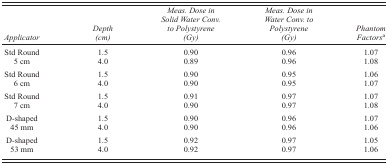
<table><thead><tr><td><b><i>Applicator</i></b></td><td><b><i>Depth (cm)</i></b></td><td><b><i>Meas. Dose in Solid Water Conv. To Polystyrene(Gy)</i></b></td><td><b><i>Meas. Dose in Water Conv. to Polystyrene (Gy)</i></b></td><td><b><i>Phantom Factors</i><sup>a</sup></b></td></tr></thead><tbody><tr><td>Std Round</td><td>1.5</td><td>0.90</td><td>0.96</td><td>1.07</td></tr><tr><td>5 cm</td><td>4.0</td><td>0.89</td><td>0.96</td><td>1.08</td></tr><tr><td>Std Round</td><td>1.5</td><td>0.90</td><td>0.95</td><td>1.06</td></tr><tr><td>6 cm</td><td>4.0</td><td>0.90</td><td>0.95</td><td>1.07</td></tr><tr><td>Std Round</td><td>1.5</td><td>0.91</td><td>0.97</td><td>1.07</td></tr><tr><td>7 cm</td><td>4.0</td><td>0.90</td><td>0.97</td><td>1.08</td></tr><tr><td>D‐shaped</td><td>1.5</td><td>0.90</td><td>0.96</td><td>1.07</td></tr><tr><td>45 mm</td><td>4.0</td><td>0.90</td><td>0.96</td><td>1.06</td></tr><tr><td>D‐shaped</td><td>1.5</td><td>0.92</td><td>0.97</td><td>1.05</td></tr><tr><td>53 mm</td><td>4.0</td><td>0.92</td><td>0.97</td><td>1.06</td></tr></tbody></table>